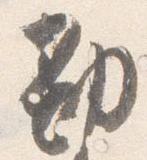
勘